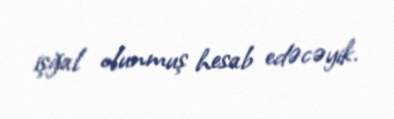
işğal olunmuş hesab edəcəyik.